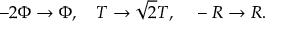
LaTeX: - 2 \Phi \rightarrow \Phi , ~ ~ ~ T \rightarrow \sqrt 2 T , ~ ~ ~ - R \rightarrow R .